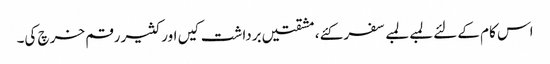
اس کام کے لئے لمبے لمبے سفر کئے، مشقتیں برداشت کیں اور کثیر رقم خرچ کی۔